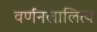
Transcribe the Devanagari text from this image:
वर्णनलालित्य